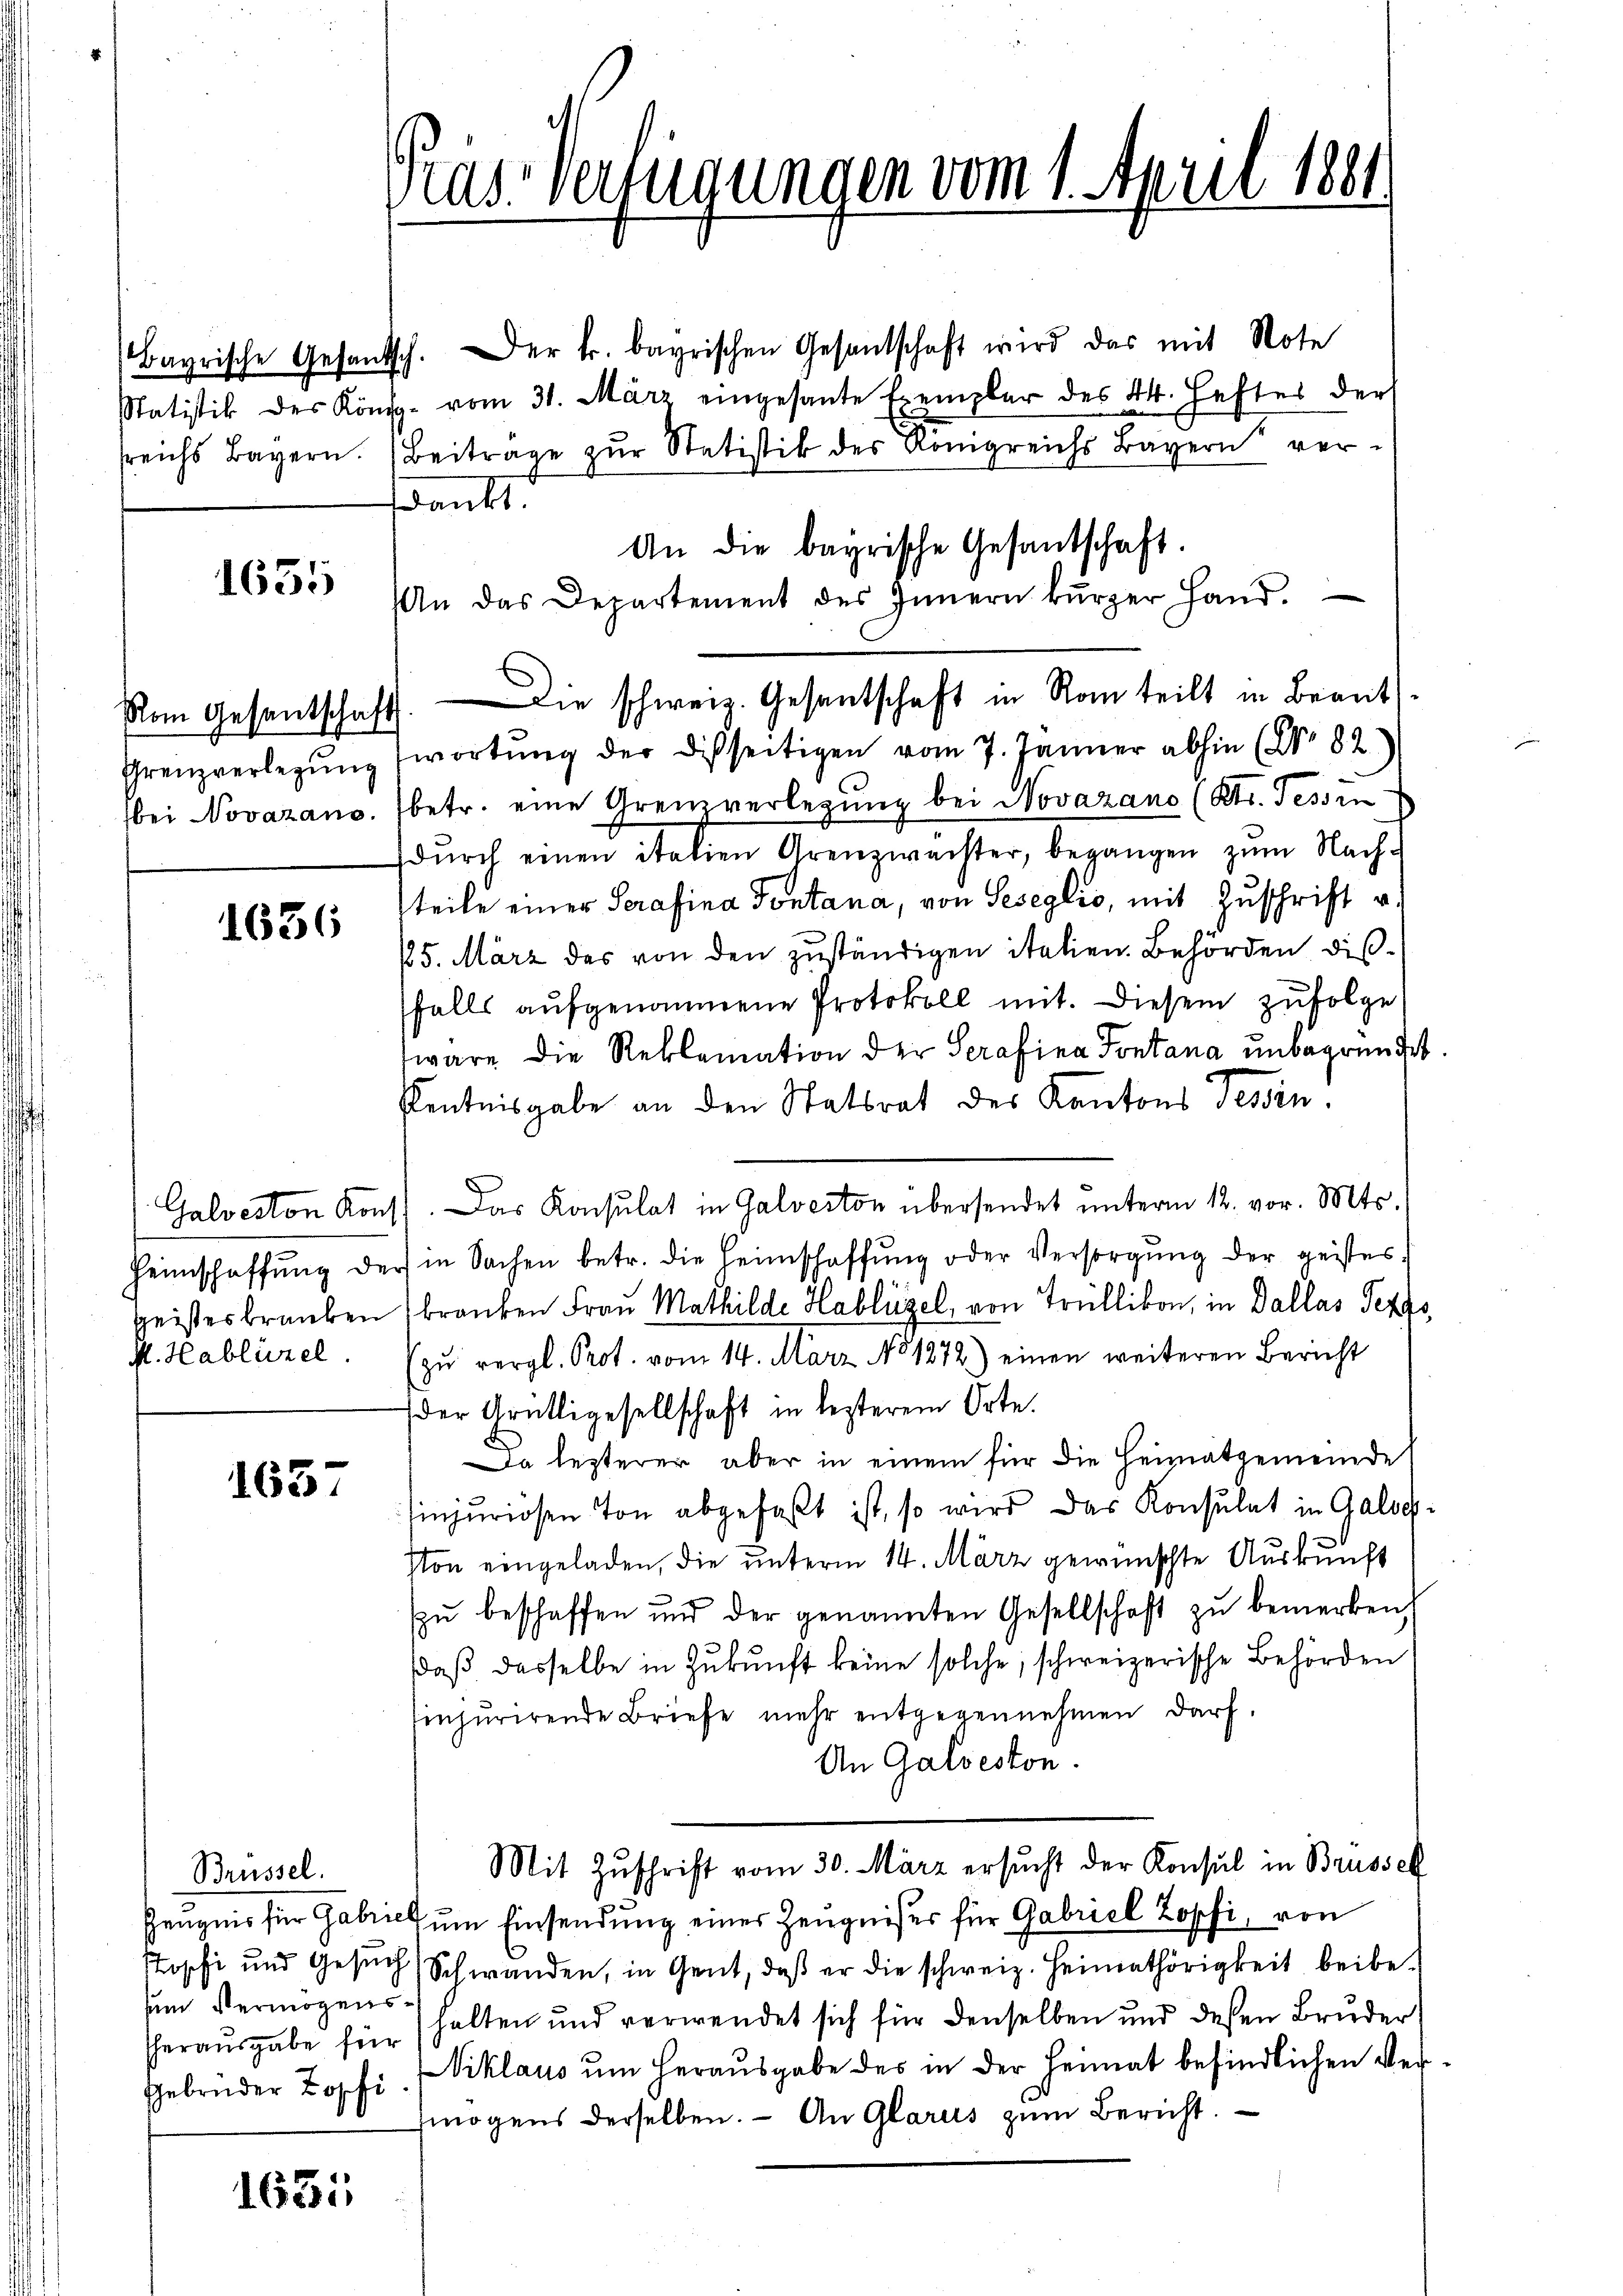
Bayrische Gesand
Statistik des Kön
sreichs Bayern.

1655

Vom Gesentschaft
Grenzverlegung

1636

Galveston Konz
geistes branken
M. Hablützel

1657

Brüssel.
Tophi und Gesuch
zum Vermögens¬
Gebrüder Kopfi

1631

Dias-Verfügungen vom 1. April 1881

sch. Der k. bayrischen Gesantschaft wird das mit Note
g. vom 31. März eingesante Exemplar des 44. Heftes der
Beitrage zur Statistik des Königreichs Bayern verdankt.
An die bayrische Gesantschaft.
n das Departement des Innern kŭrzer Hand.
wortung der Disseitigen vom 7. Jänner abhin (No 82
bei Novazano. (betr. eine Grenzverlegŭng bei Novazano (Str. Tessin
durch einen italien Grenzwachter, begangen zum Nachteile einer Serafina Pontana, von Seseglio, mit Zuschrift u.
15. März des von den zŭständigen italien. Behörden dis-
falls aufgenommene Protokoll mit. Diesem zufolge
wäre die Reklamation der Serafina Pontana unbegründet
Kentnisgabe an den Statsrat des Kantons Tessin.
Das Konsulat in Galverton übersendet unterm 12. vor. Mts.
Heimschaffŭng der in Sachen betr. die Heimschaffŭng oder Versorgŭng der geistes
branken Frau Mathilde Hablügel, von Trüllikon, in Dallas Pezzo,
zŭ vergl. Prot. vom 14. März No 1272) einen weiteren Bericht
der Grütligesellschaft in lezterem Orte.
Da lezterer aber in einem für die Heimatgemeinde
injuriosen Ton abgefaßt ist, so wird das Konsulat in Galog
Von eingeladen, die ŭnterm 14. März gewünschte Auskunft
zŭ beschaffen und der genannten Gesellschaft zŭ bemerken,
daß dasselbe in Zukunft keine solche, schweizerische Behörden
injurirende Briefe mehr entgegennehmen darf,
An Galveston.
Mit Zŭschrift vom 30. März ersucht der Konsul in Brussch
Zeugnis für Gabrich um Einsendung einer Zeugnisses für Gabriel Zopfi, von
Schwanden, in Gent, daβ er die schweiz. Heimathörigkeit beibe-
herausgabe für halten und verwendet sich für denselben und deßen Bruder
Niklaus um herausgabe des in der Heimat befindlichen Vermögens derselben. - An Glarus zum Bericht.

Die schweiz. Gesantschaft in Rom teilt in Beant